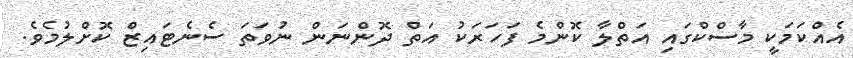
އެއްކަމަކީ މާސްކްގައި އަތްލާ ކޮންމެ ފަހަރަކު އަތް ދޮންނަން ނުވަތަ ސެނެޓައިޒް ކޮށްލުމެވެ.